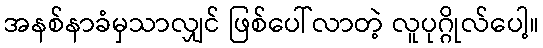
အနစ်နာခံမှသာလျှင် ဖြစ်ပေါ်လာတဲ့ လူပုဂ္ဂိုလ်ပေါ့။